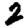
Digit: 2